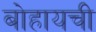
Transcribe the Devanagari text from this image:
बोहायची